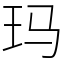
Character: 玛